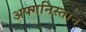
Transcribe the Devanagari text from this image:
अफ्गनिस्तान